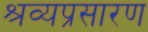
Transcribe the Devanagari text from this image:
श्रव्यप्रसारण